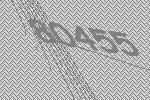
80455